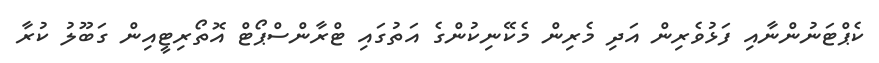
ކެޕްޓަނުންނާއި ފަޅުވެރިން އަދި މެރިން މެކޭނިކުންގެ އަތުގައި ޓްރާންސްޕޯޓް އޮތޯރިޓީއިން ގަބޫލު ކުރާ